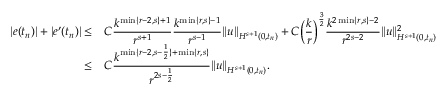
\begin{array} { r l } { | e ( t _ { n } ) | + | e ^ { \prime } ( t _ { n } ) | \le } & { C \displaystyle \frac { k ^ { \operatorname* { m i n } \{ r - 2 , s \} + 1 } } { r ^ { s + 1 } } \displaystyle \frac { k ^ { \operatorname* { m i n } \{ r , s \} - 1 } } { r ^ { s - 1 } } \| u \| _ { H ^ { s + 1 } ( 0 , t _ { n } ) } + C \Big ( \displaystyle \frac { k } { r } \Big ) ^ { \frac 3 2 } \displaystyle \frac { k ^ { 2 \operatorname* { m i n } \{ r , s \} - 2 } } { r ^ { 2 s - 2 } } \| u \| _ { H ^ { s + 1 } ( 0 , t _ { n } ) } ^ { 2 } } \\ { \le } & { C \displaystyle \frac { k ^ { \operatorname* { m i n } \{ r - 2 , s - \frac 1 2 \} + \operatorname* { m i n } \{ r , s \} } } { r ^ { 2 s - \frac 1 2 } } \| u \| _ { H ^ { s + 1 } ( 0 , t _ { n } ) } . } \end{array}